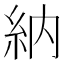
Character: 納